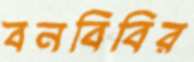
বনবিবির